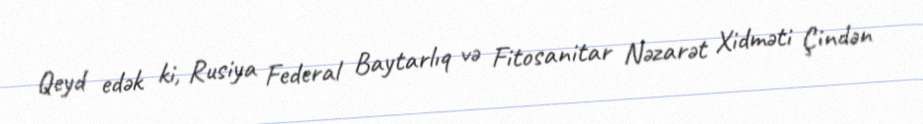
Qeyd edək ki, Rusiya Federal Baytarlıq və Fitosanitar Nəzarət Xidməti Çindən